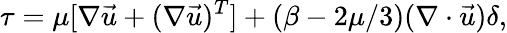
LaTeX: \tau={\mu}[\nabla\vec{u}+(\nabla\vec{u})^{T}]+(\beta-2\mu/3)(\nabla\cdot\vec{u})\delta,